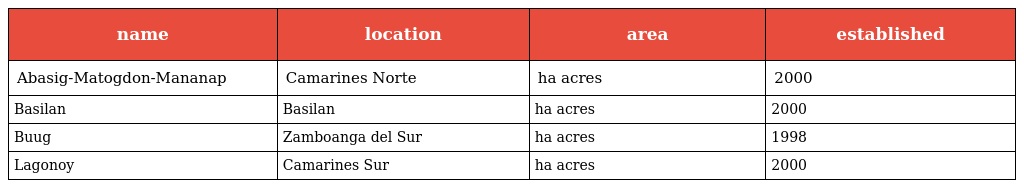
| name | location | area | established |
 | --- | --- | --- | --- |
 | Abasig-Matogdon-Mananap | Camarines Norte | ha acres | 2000 |
 | Basilan | Basilan | ha acres | 2000 |
 | Buug | Zamboanga del Sur | ha acres | 1998 |
 | Lagonoy | Camarines Sur | ha acres | 2000 |